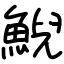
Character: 鯢